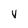
Character: V